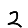
Digit: 2